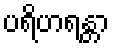
ပရိဟရန္တာ